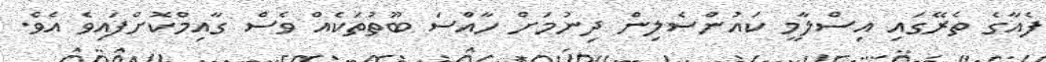
ފެއާގެ ތެރޭގައި އިސްލާމީ ކައުންސެލިން ދިނުމަށް ހާއްސަ ބޫތުތަކެއް ވެސް ގާއިމްކޮށްފައިވެ އެވެ.